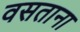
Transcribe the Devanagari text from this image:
वसताना